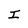
Character: I